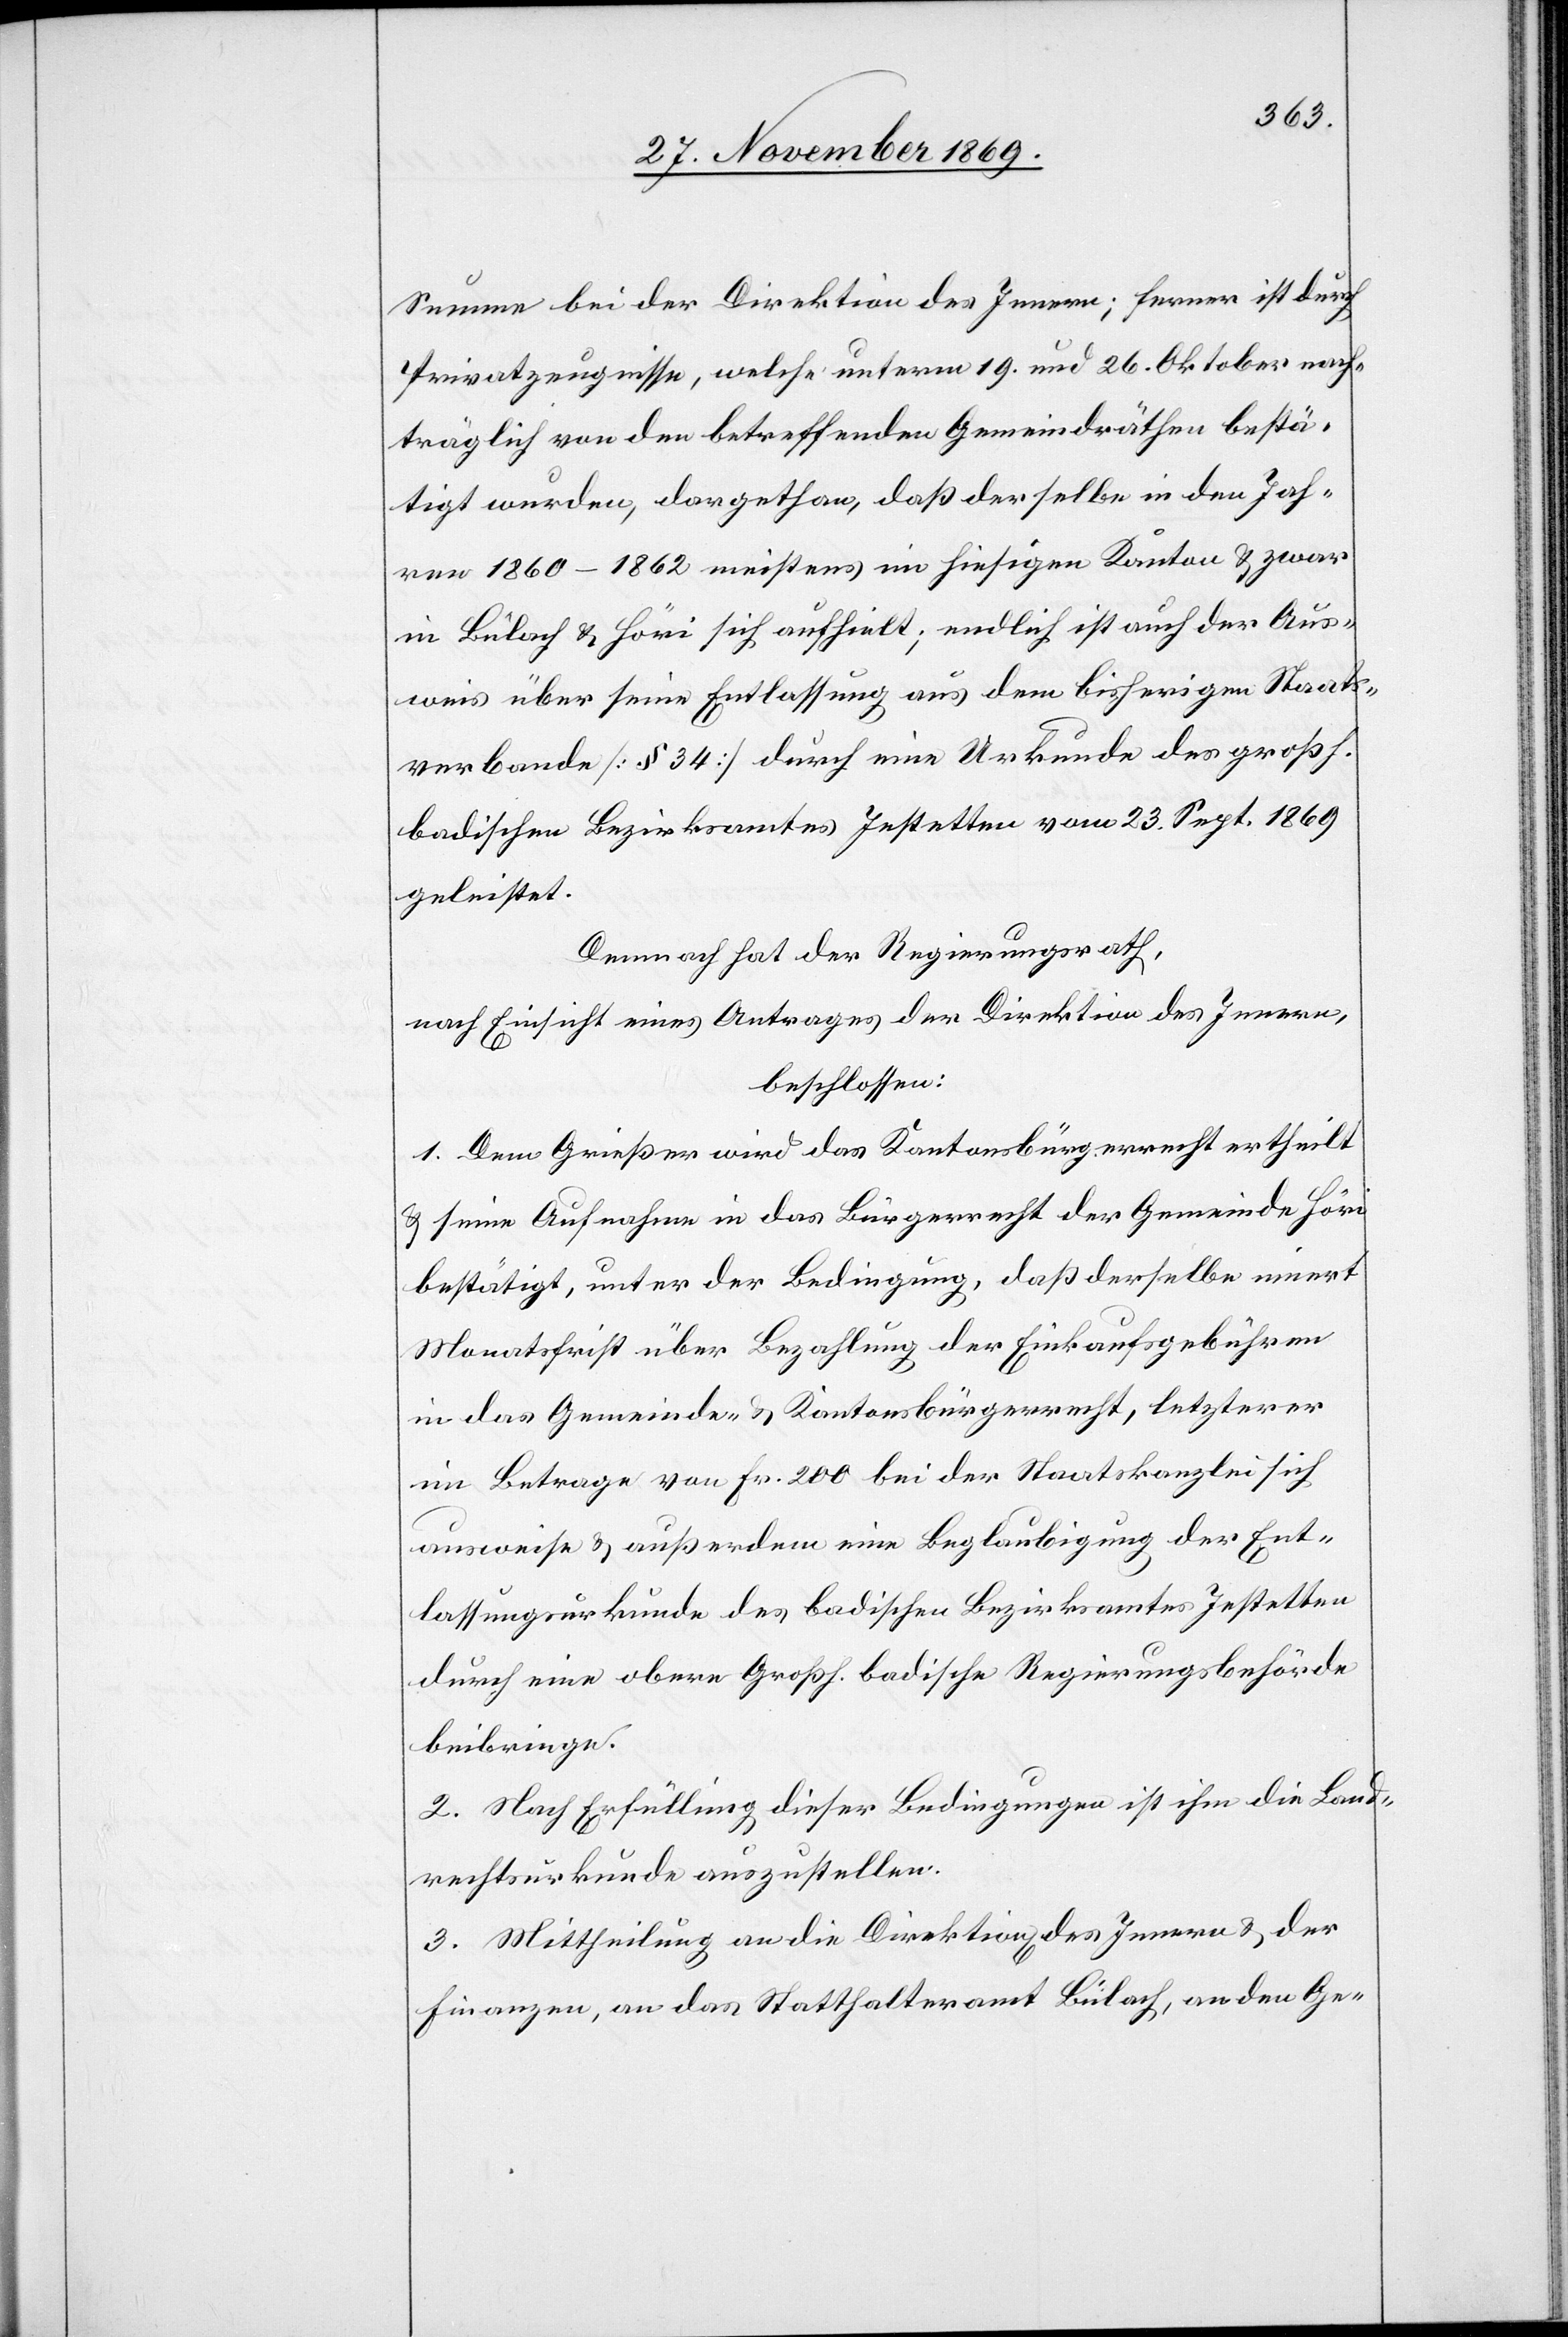
Summe bei der Direktion des Innern; ferner ist durch
Privatzeugnisse, welche unterm 19. und 26. Oktober nach¬
träglich von den betreffenden Gemeindräthen bestä¬
tigt wurden, dargethan, daß derselbe in den Jah¬
ren 1860–1862 meistens im hiesigen Kanton & zwar
in Bülach & Höri sich aufhielt; endlich ist auch der Aus¬
weis über seine Entlassung aus dem bisherigen Staats¬
verbande [§ 34] durch eine Urkunde des großh.
badischen Bezirksamtes Jestetten vom 23. Sept. 1869
geleistet.
Demnach hat der Regierungsrath,
nach Einsicht eines Antrages der Direktion des Innern,
beschlossen:
1. Dem Grießer wird das Kantonsbürgerrecht ertheilt
& seine Aufnahme in das Bürgerrecht der Gemeinde Höri
bestätigt, unter der Bedingung, daß derselbe innert
Monatsfrist über Bezahlung der Einkaufsgebühren
in das Gemeinde- & Kantonsbürgerrecht, letzterer
im Betrage von Fr. 200 bei der Staatskanzlei sich
ausweise & außerdem eine Beglaubigung der Ent¬
lassungsurkunde des badischen Bezirksamtes Jestetten
durch eine obere Großh. badische Regierungsbehörde
beibringe.
2. Nach Erfüllung dieser Bedingungen ist ihm die Land¬
rechtsurkunde auszustellen.
3. Mittheilung an die Direktion[en] des Innern & der
Finanzen, an das Statthalteramt Bülach, an den Ge-